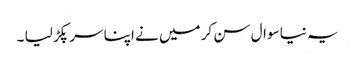
یہ نیا سوال سن کر میں نے اپنا سر پکڑ لیا ۔